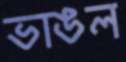
ভাঙল